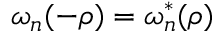
\omega _ { n } ( - \rho ) = { \omega } _ { n } ^ { * } ( \rho )